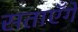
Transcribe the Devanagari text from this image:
सताएँगे